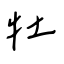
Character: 牡